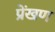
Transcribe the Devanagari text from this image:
प्रेंखण